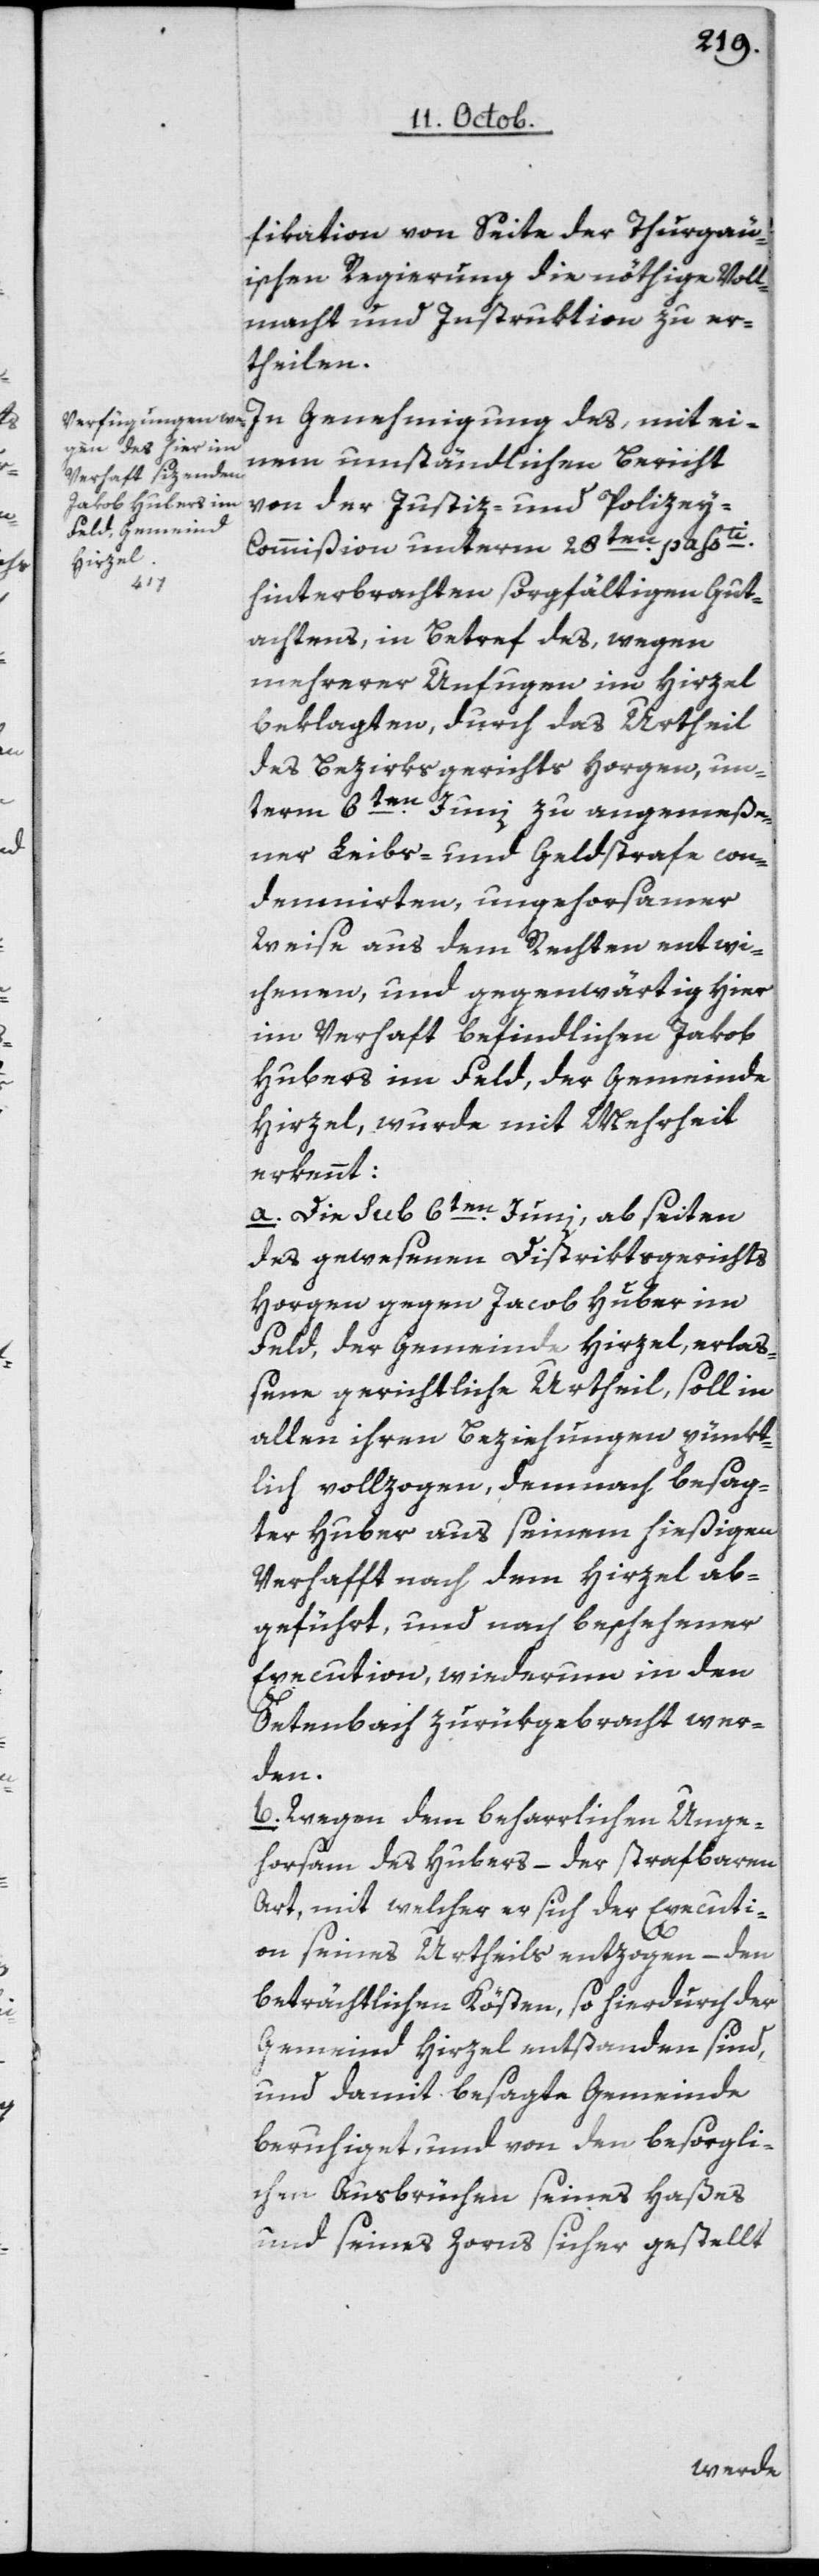
fikation von Seite der Thurgau¬
ischen Regierung die nöthige Voll¬
macht und Instruktion zu er¬
theilen.
In Genehmigung des, mit ei¬
nem umständlichen Bericht
von der Justiz- und Polize¬
y-Commißion unterm 28ten passti
hinterbrachten sorgfältigen Gut¬
achtens, in Betref des, wegen
mehrerer Unfugen im Hirzel
beklagten, durch das Urtheil
des Bezirksgerichts Horgen, un¬
term 6ten Juni zu angemeße¬
ner Leibs- und Geldstrafe con¬
demnirten, ungehorsamer
Weise aus dem Rechten entwi¬
chenen, und gegenwärtig hier
im Verhaft befindlichen Jakob
Hubers im Feld, der Gemeinde
Hirzel, wurde mit Mehrheit
erkennt:
a. Die sub 6ten Juni, ab Seiten
des gewesenen Distriktsgerichts
Horgen gegen Jakob Huber im
Feld, der Gemeinde Hirzel, erlaß¬
ene gerichtliche Urtheil, soll in
allen ihren Beziehungen pünkt¬
lich vollzogen, demnach besag¬
ter Huber aus seinem hießigen
Verhaft nach dem Hirzel ab¬
geführt, und nach beschehener
Execution, wiederum in den
Oetenbach zurükgebracht wer¬
den.
b. Wegen dem beharrlichen Unge¬
horsam des Hubers – der strafbaren
Art, mit welcher er sich der Executi¬
on seines Urtheils entzogen – den
beträchtlichen Kösten, so hierdurch der
Gemeind Hirzel entstanden sind,
und damit besagte Gemeinde
beruhiget, und von den besorgli¬
chen Ausbrüchen seines Haßes
und seines Zorns sicher gestellt